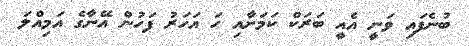
ބުނެފައި ވަނީ އެއީ ބަރަކް ކަމަށާއި ހަ އަހަރު ފަހުން އޭނާގެ އަމިއްލަ